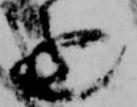
進